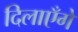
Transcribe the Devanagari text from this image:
दिलाएँगे